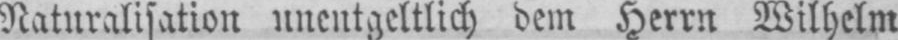
Naturalisation unentgeltlich dem Herrn Wilhelm